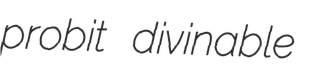
probit divinable